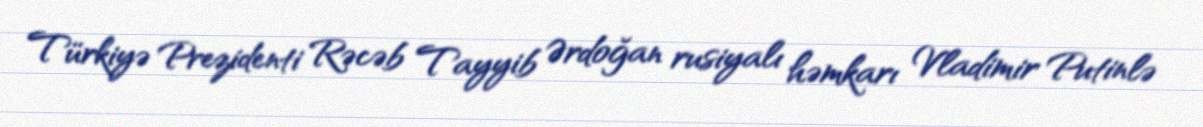
Türkiyə Prezidenti Rəcəb Tayyib Ərdoğan rusiyalı həmkarı Vladimir Putinlə